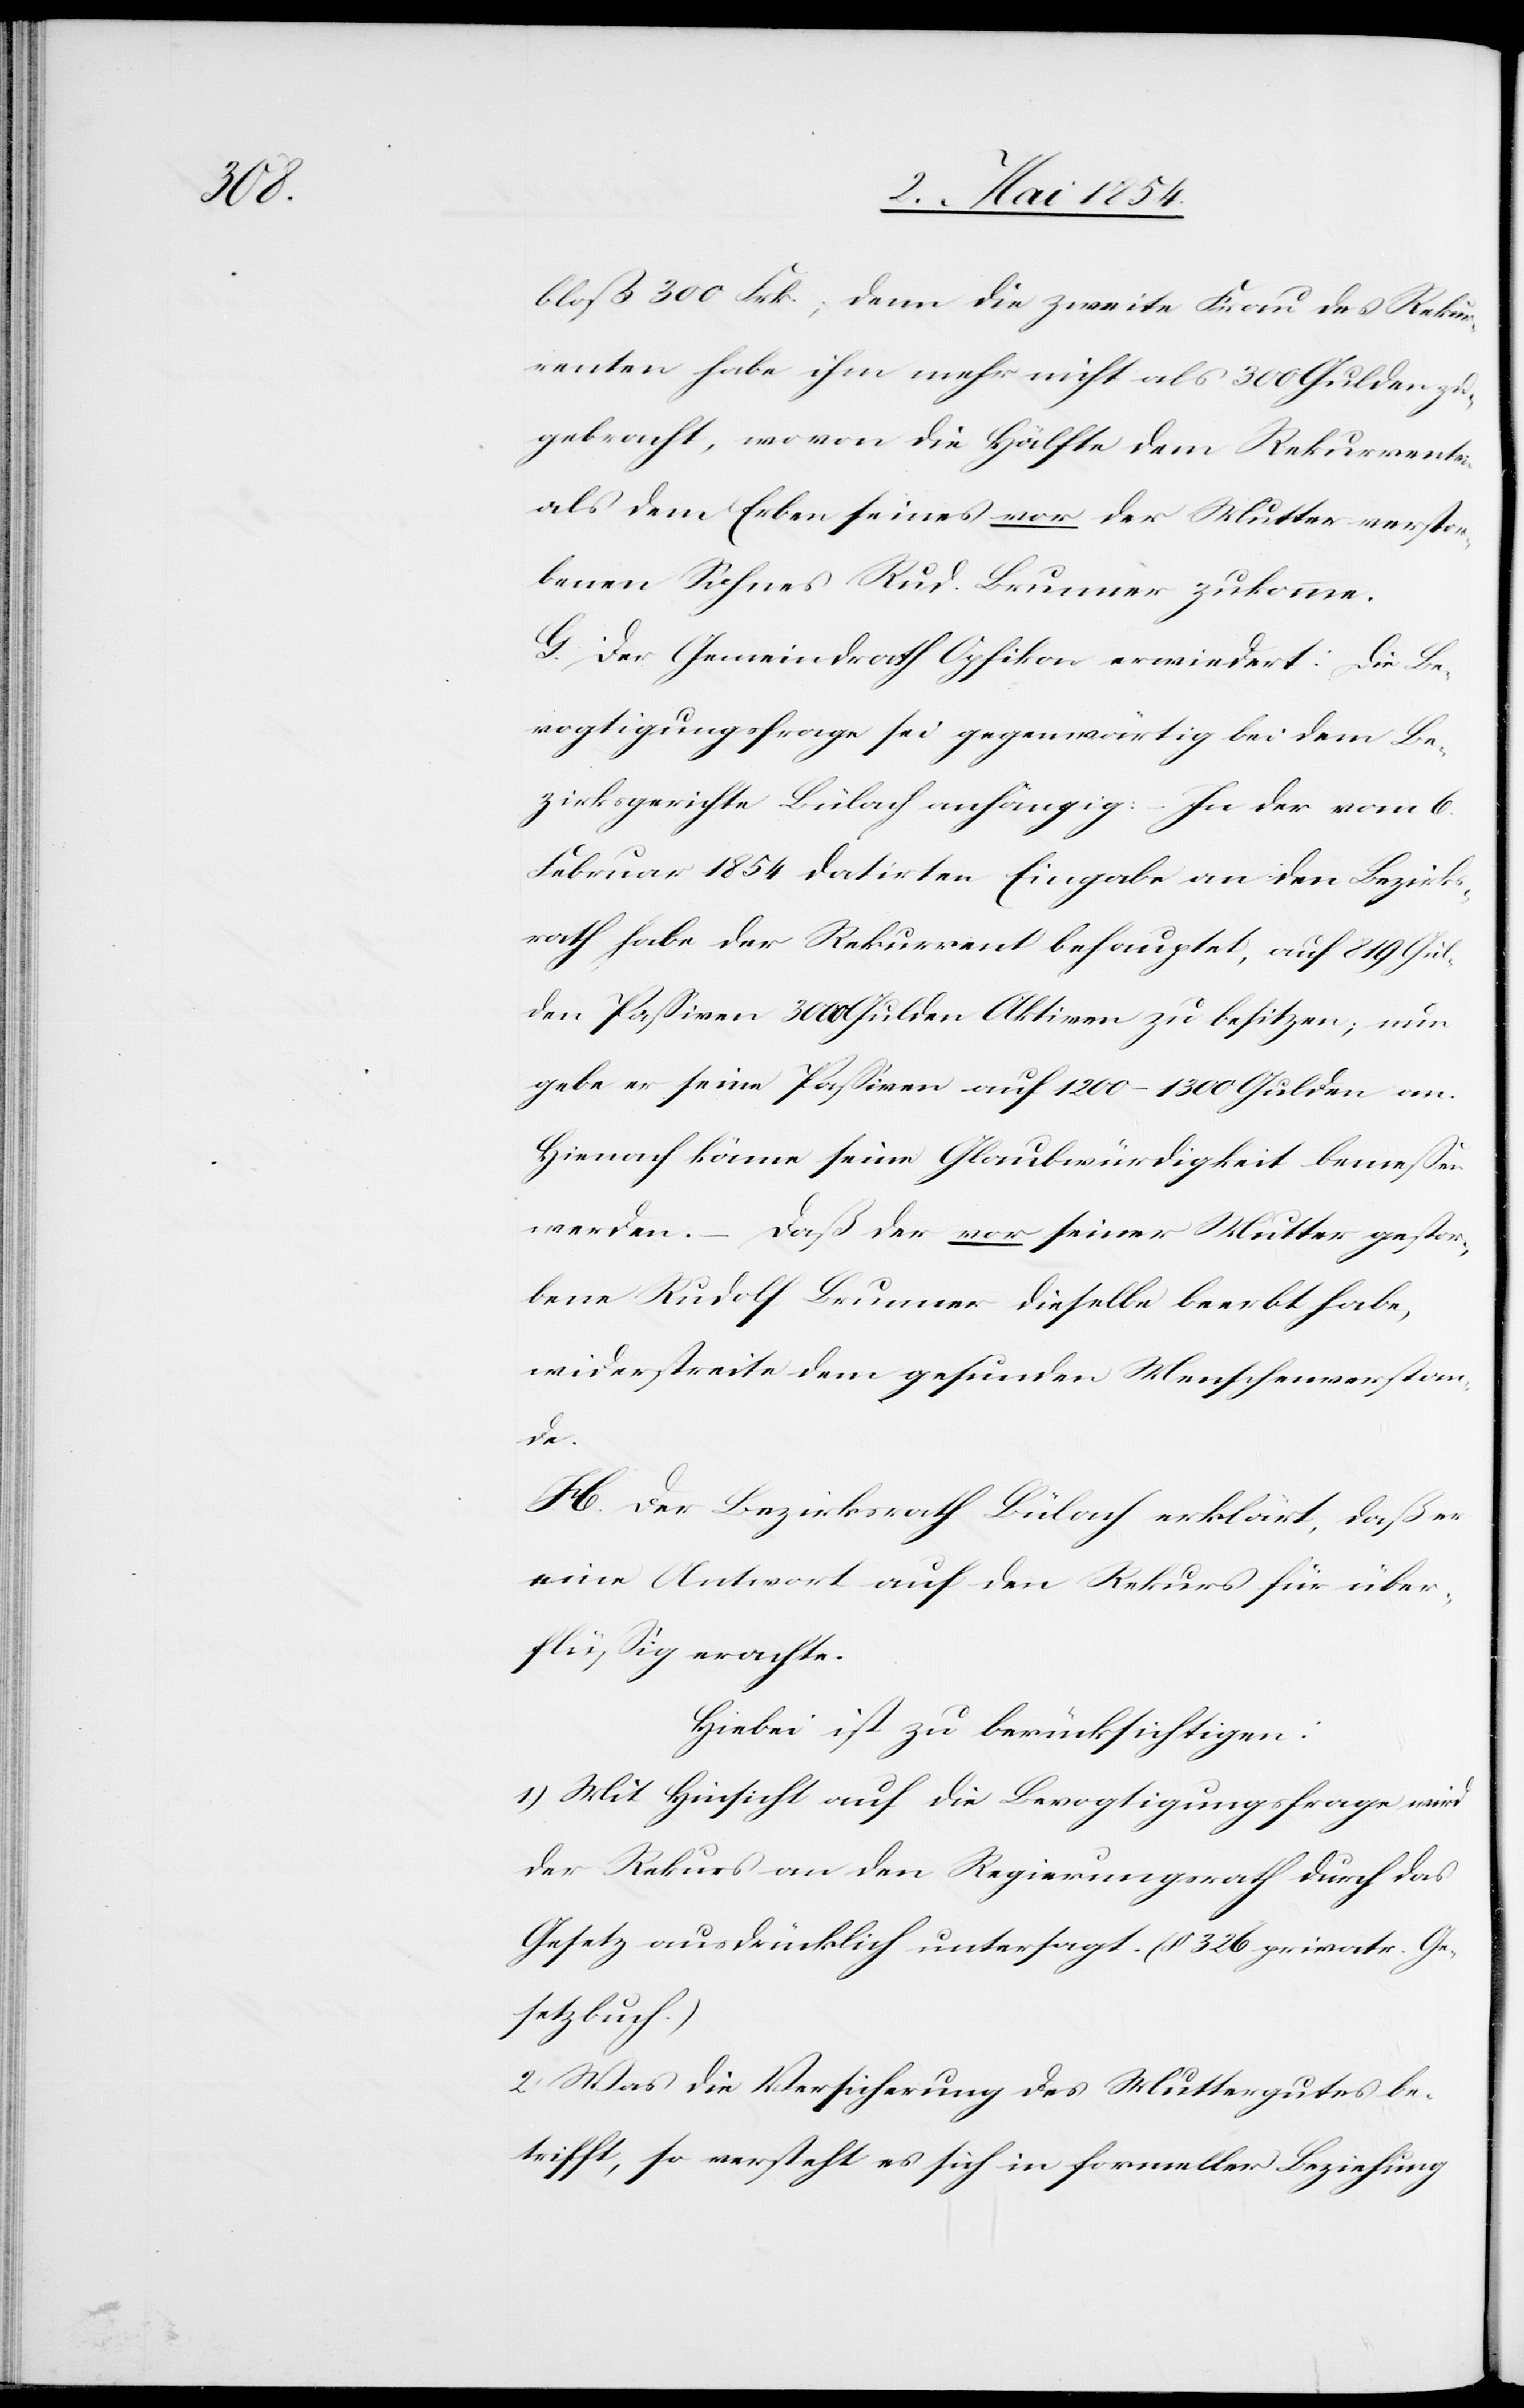
bloß 300 Frk.; denn die zweite Frau des Rekur¬
renten habe ihm mehr nicht als 300 Gulden
gebracht, wovon die Hälfte dem Rekurrenten
als dem Erben seines vor der Mutter verstor¬
benen Sohnes Rud. Brunner zukomme.
G. Der Gemeindrath Opfikon erwiedert: Die Be¬
vogtigungsfrage sei gegenwärtig bei dem Be¬
zirksgerichte Bülach anhängig: – In der vom 6.
Februar 1854 datriten Eingabe an den Bezirks¬
rath habe der Rekurrent behauptet, auf 819 Gul¬
den Paßiven 3000 Gulden Aktiven zu besitzen; nun
gebe er seine Paßiven auf 1200–1300 Gulden an.
Hienach könne seine Glaubwürdigkeit bemeßen
werden. – Daß der vor seiner Mutter gestor¬
bene Rudolf Brunner dieselbe beerbt habe,
widerstreite dem gesunden Menschenverstan¬
de.
H. Der Bezirksrath Bülach erklärt, daß er
eine Antwort auf den Rekurs für über¬
flüßig erachte.
Hiebei ist zu berücksichtigen:
1) Mit Hinsicht auf die Bevogtigungsfrage wird
der Rekurs an den Regierungsrath durch das
Gesetz ausdrücklich untersagt. (§ 326 privatr. Ge¬
setzbuch.)
2) Was die Versicherung des Muttergutes be¬
trifft, so versteht es sich in formeller Beziehung